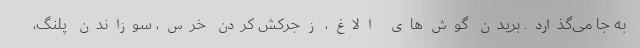
به جا می‌گذارد. بریدن گوش‌های الاغ، زجرکش کردن خرس، سوزاندن پلنگ،